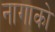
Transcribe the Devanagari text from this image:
नागाको